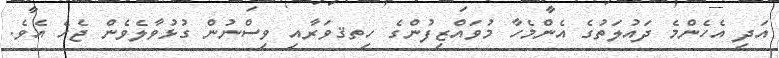
އަދި އެހެންމެ ދައުލަތުގެ އެންމެހާ މުވައްޒިފުންގެ ހިތޤވަރާއި ވިސްނުން ގުޅުވާލެވެން ޖެހެ އެވެ.